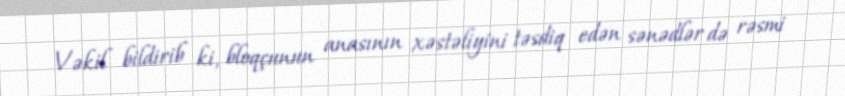
Vəkil bildirib ki, bloqçunun anasının xəstəliyini təsdiq edən sənədlər də rəsmi